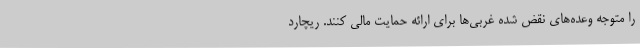
را متوجه وعده‌های نقض شده غربی‌ها برای ارائه حمایت مالی کنند. ریچارد